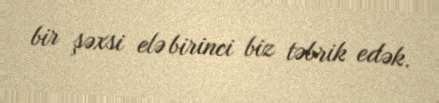
bir şəxsi elə birinci biz təbrik edək.